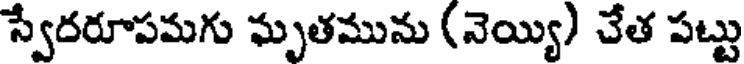
స్వేదరూపమగు ఘృతమును (నెయ్యి) చేత పట్టు